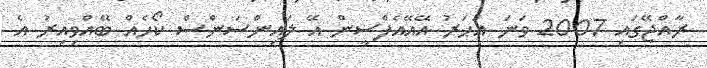
ރާއްޖޭގައި 2007 ވަނަ އަހަރު އޭއޭއެފްސީން އޭ ލައިންސަންސް ކޯހެއް ބޭއްވިއިރު އެ